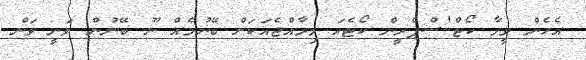
އެހެން ވީމާ ކޯޓް'ސްޕްރީން ކޯޓެއަ މިރާއްޖެއަކަށް ބޭނުމެއް ނޫ ބޭނުން ވަނީ ވަން